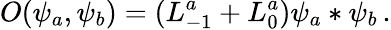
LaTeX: O(\psi_{a},\psi_{b})=(L_{-1}^{a}+L_{0}^{a})\psi_{a}*\psi_{b}\, .